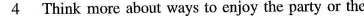
\underline{4} Think more about ways to enjoy the party or the